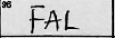
Transcription: FAL